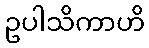
ဥပါသိကာဟိ